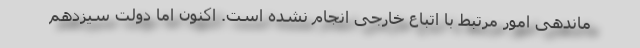
ماندهی امور مرتبط با اتباع خارجی انجام نشده است. اکنون اما دولت سیزدهم